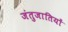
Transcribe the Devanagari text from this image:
जंतुजातियों